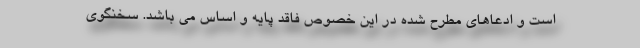
است و ادعاهای مطرح شده در این خصوص فاقد پایه و اساس می باشد. سخنگوی